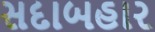
સદાબહાર